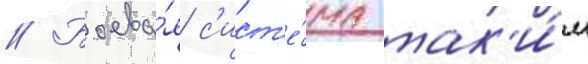
// Боева́я с'ист'е́ма так'и́м